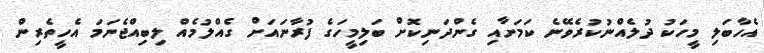
އެހާބަލި މީހަކު ދުލެއްނުކުރެވޭނެ ކަމަށާއި ގެންދަނިކޮށް ބަލިމީހަގެ ފުރާނައަށް ގެއްލުމެއް ލިބިއްޖެނަމަ އެހީތެރިން